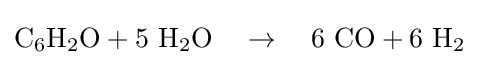
\mathrm {C_{6}H_{2}O} +\mathrm {5\ H_{2}O} \quad \rightarrow \quad \mathrm {6\ CO} +\mathrm {6\ H_{2}}